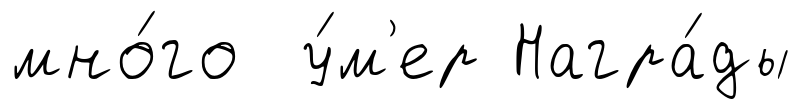
мно́го у́м'ер Награ́ды